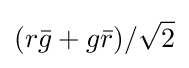
(r{\bar {g}}+g{\bar {r}})/{\sqrt {2}}